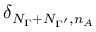
\delta _ { N _ { \Gamma } + N _ { \Gamma ^ { \prime } } , n _ { A } }